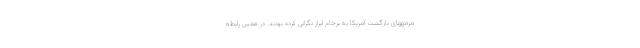
مزمههای بازگشت آمریکا به برجام ابراز نگرانی کرده بودند. در همین رابطه